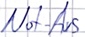
Text: Not-Aus